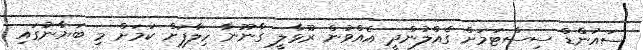
ސައުންޑް ސިސްޓަމަށް ގެއްލުންދީ އެއްވުން ރޫޅާލީ ގާނޫނާ ހިލާފަށް ކަމަށް މި ބަޔާނުގައި